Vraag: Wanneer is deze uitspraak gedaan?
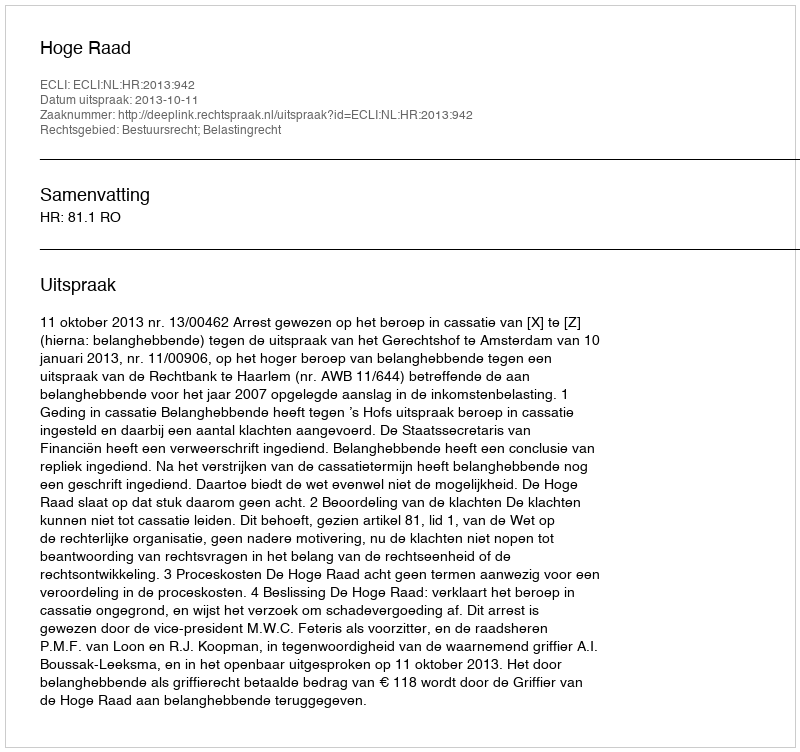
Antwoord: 2013-10-11